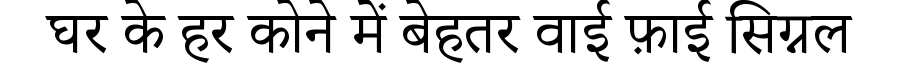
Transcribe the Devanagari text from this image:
घर के हर कोने में बेहतर वाई फ़ाई सिग्नल